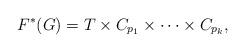
LaTeX: \begin{align*}F^*(G) = T \times C_{p_1} \times \cdots \times C_{p_k},\end{align*}